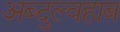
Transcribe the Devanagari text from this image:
अब्दुल्वहाब